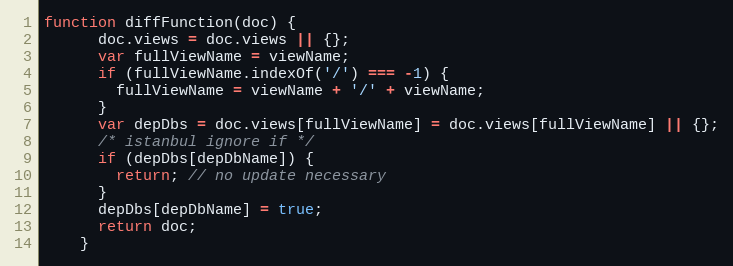
Language: JavaScript
function diffFunction(doc) {
      doc.views = doc.views || {};
      var fullViewName = viewName;
      if (fullViewName.indexOf('/') === -1) {
        fullViewName = viewName + '/' + viewName;
      }
      var depDbs = doc.views[fullViewName] = doc.views[fullViewName] || {};
      /* istanbul ignore if */
      if (depDbs[depDbName]) {
        return; // no update necessary
      }
      depDbs[depDbName] = true;
      return doc;
    }